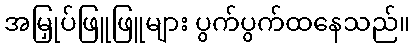
အမြှုပ်ဖြူဖြူများ ပွက်ပွက်ထနေသည်။